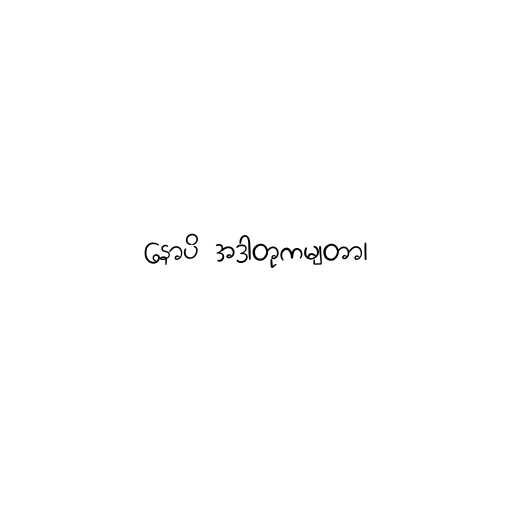
နောပိ အဒာတုကမျတာ၊